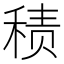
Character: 𱶌